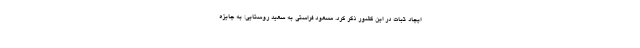
ایجاد ثبات در این کشور ذکر کرد. مسعود فراستی به سعید روستایی: به جایزه